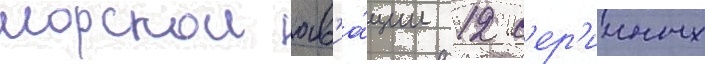
морскои ав'иа́ции 12 с'ер'ииных